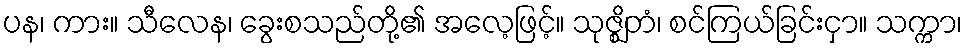
ပန၊ ကား။ သီလေန၊ ခွေးစသည်တို့၏ အလေ့ဖြင့်။ သုဇ္ဈိတံ၊ စင်ကြယ်ခြင်းငှာ။ သက္ကာ၊